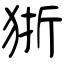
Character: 狾